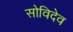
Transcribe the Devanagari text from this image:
सोविदेव